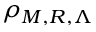
\rho _ { M , R , \Lambda }